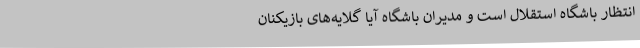
انتظار باشگاه استقلال است و مدیران باشگاه آیا گلایه‌های بازیکنان